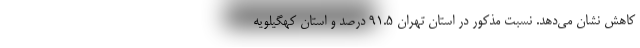
کاهش نشان می‌دهد. نسبت مذکور در استان تهران ۹۱.۵ درصد و استان کهگیلویه